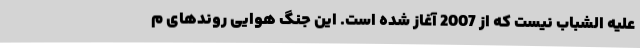
علیه الشباب نیست که از 2007 آغاز شده است. این جنگ هوایی روندهای م